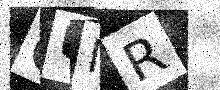
Text: CUNR